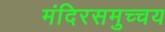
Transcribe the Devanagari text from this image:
मंदिरसमुच्चय